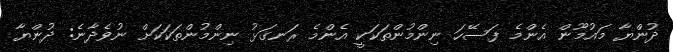
ދުންޔާ މައުމޫން އެންމެ ފަސޭހަ ނިންމުންތަކަކީ އެންމެ ރަނގަޅު ނިންމުންތަކަކަށް ނުވެދާނެ: ދުންޔާ